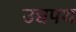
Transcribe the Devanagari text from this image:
उच्चपथ